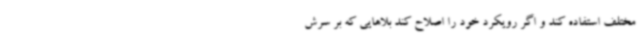
مختلف استفاده کند و اگر رویکرد خود را اصلاح کند بلاهایی که بر سرش